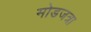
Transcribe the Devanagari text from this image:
मोडजत्रा